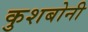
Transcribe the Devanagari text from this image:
कुशबोनी